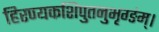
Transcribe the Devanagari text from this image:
हिरण्यकशिपुतनुभृग्ङंम्।